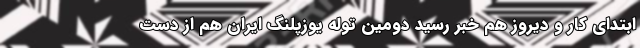
ابتدای کار و دیروز هم خبر رسید دومین توله یوزپلنگ ایران هم از دست